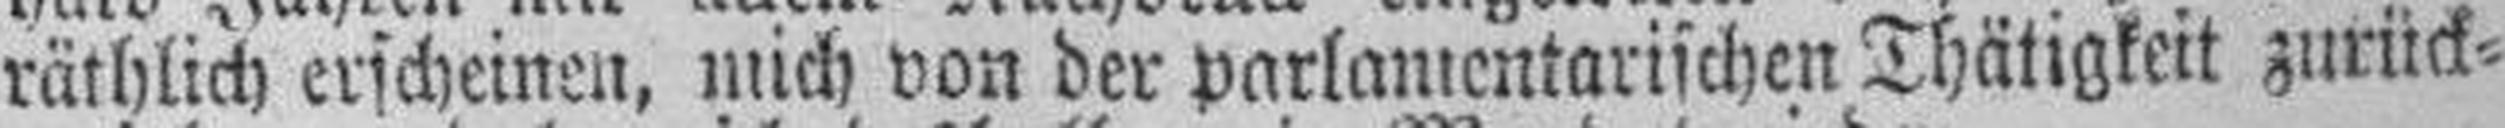
räthlich erscheinen, mich von der parlamentarischen Thätigkeit zurück¬